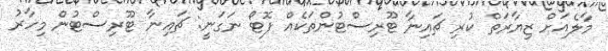
މާލެއަށް ޒިޔާރަތް ކުރި ޗައިނާ ޓޫރިސްޓުންތަކެއް ފޮޓޯ ނަގަނީ: ޗައިނާ ޓޫރިސްޓުން މިހާރު